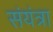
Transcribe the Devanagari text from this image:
संयंत्रा